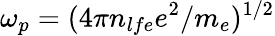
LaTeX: \omega_{p}=(4\pi n_{lfe}e^{2}/m_{e})^{1/2}